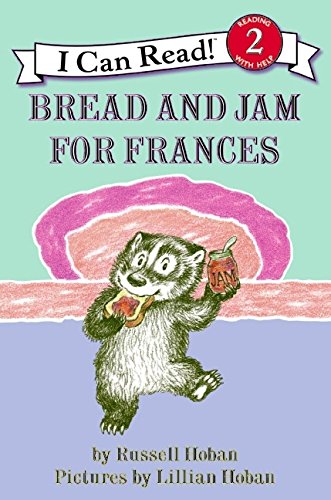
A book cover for Bread and Jam for Frances (I Can Read Level 2); Russell Hoban; Children's Books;